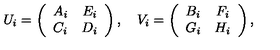
U _ { i } = \left( \begin{array} { c c } { A _ { i } } & { E _ { i } } \\ { C _ { i } } & { D _ { i } } \\ \end{array} \right) , \quad V _ { i } = \left( \begin{array} { c c } { B _ { i } } & { F _ { i } } \\ { G _ { i } } & { H _ { i } } \\ \end{array} \right) ,